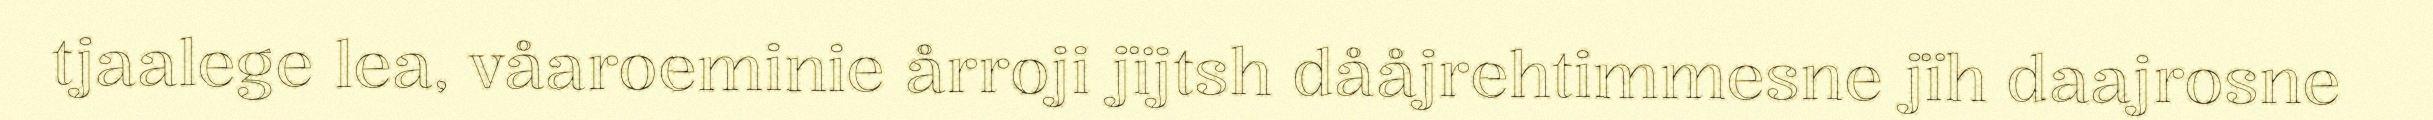
tjaalege lea, våaroeminie årroji jïjtsh dååjrehtimmesne jïh daajrosne